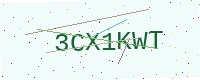
Text: 3CX1KWT